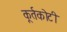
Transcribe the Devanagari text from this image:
कूर्तकोटी